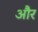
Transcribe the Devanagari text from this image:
और